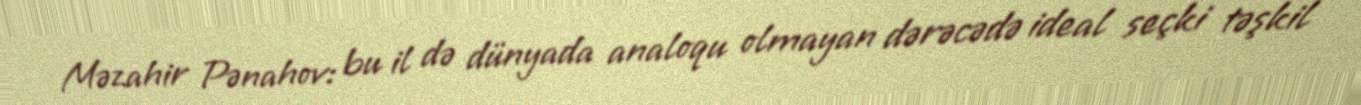
Məzahir Pənahov: bu il də dünyada analoqu olmayan dərəcədə ideal seçki təşkil